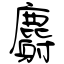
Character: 麝